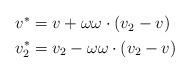
LaTeX: \begin{align*}\begin{aligned}v^* & = v + \omega \omega \cdot ( v_2 - v) \\v_2^* & = v_2 - \omega \omega \cdot (v_2 - v)\end{aligned}\end{align*}